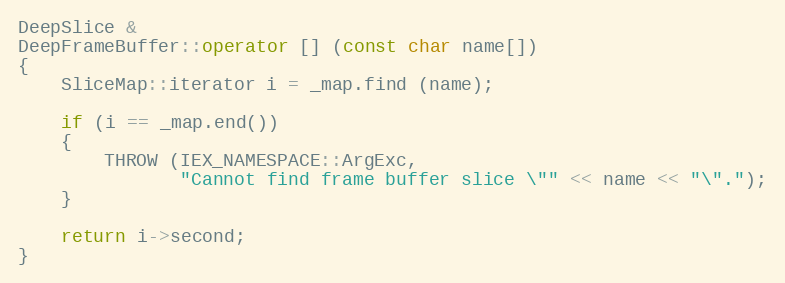
Language: C++
DeepSlice &
DeepFrameBuffer::operator [] (const char name[])
{
    SliceMap::iterator i = _map.find (name);

    if (i == _map.end())
    {
        THROW (IEX_NAMESPACE::ArgExc,
               "Cannot find frame buffer slice \"" << name << "\".");
    }

    return i->second;
}